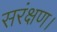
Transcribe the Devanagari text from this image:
सरंक्षण।